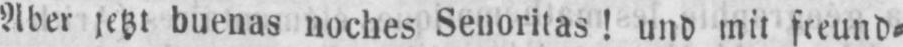
Aber jetzt buenas noches Senoritas! und mit freund⸗